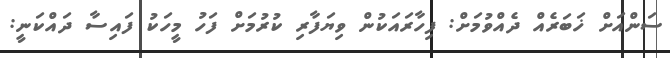
ސަންއަށް ޚަބަރެއް ދެއްވުމަށް: ފިހާރައަކުން ވިޔަފާރި ކުރުމަށް ފަހު މީހަކު ފައިސާ ދައްކަނީ: